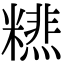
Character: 𥼞